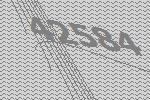
42584